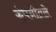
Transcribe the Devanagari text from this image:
कंपनीतले